Annual report on the Civil Veterinary Department, Burma (including the Insein Veterinary School) - 1923-1931
Year: 1923
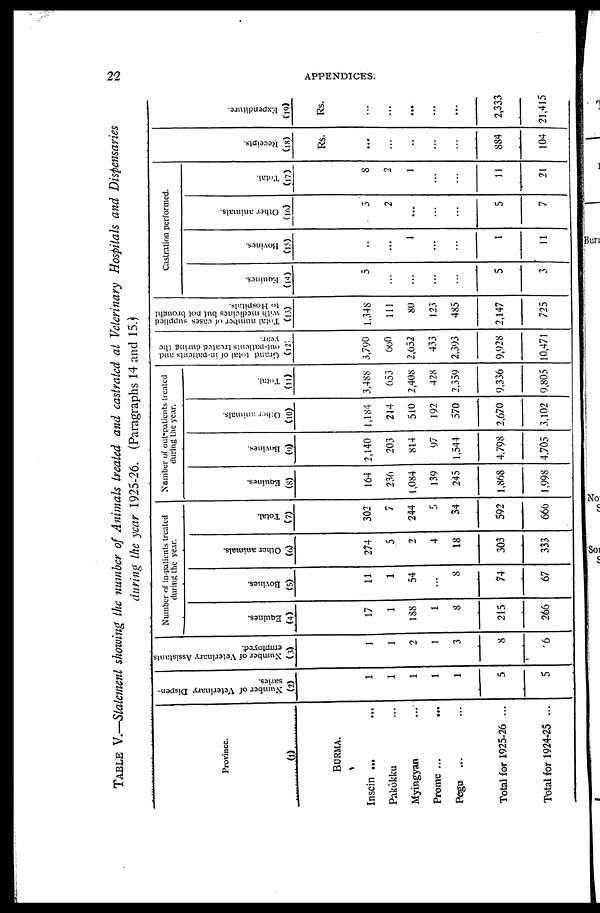
22
APPENDICES.
TABLE V.—Statement showing the number of Animals treated and castrated at Veterinary Hospitals and Dispensaries
during the year 1925-26. (Paragraphs 14 and 15.)
Province.
(1)
BURMA.
Insein ... ...
Pakôkku ...
Myingyan ...
Prome ...
...
Pegu
... ...
Total for 1925-26 ...
Total for 1924-25 ...
Number of Veterinary Dispen-
saries.
(2)
1
1
1
1
1
5
5
Number of Veterinary Assistants
employed.
(3)
1
1
2
1
3
8
6
Number of in-patients treated
during the year.
Equines.
(4)
17
1
188
1
8
215
266
Bovines.
(5)
11
1
54
...
8
74
67
Other animals.
(6)
274
5
2
4
18
303
333
Total.
(7)
302
7
244
5
34
592
666
Number of out-patients treated
during the year.
Equines.
(8)
164
236
i,084
139
245
1,868
1,998
Bovines.
(9)
2,140
203
834
97
1,544
4,798
4,705
Other animals.
(10)
1,184
214
510
192
570
2,670
3,102
Total.
(11)
3,488
653
2,408
428
2,359
9,336
9,805
Grand total of in-patients and
out-patients treated during the
year.
(12)
3,790
600
2,652
433
2,393
9,928
10,471
Total number of cases supplied
with medicines but not brought
to Hospitals.
(13)
1,348
111
80
123
485
2,147
725
Castration performed.
Equines.
(14)
5
...
...
...
...
5
3
Bovines.
(15)
..
...
1
...
...
1
11
Other animals.
(16)
3
2
...
...
...
5
7
Total.
(17)
8
2
1
...
...
11
21
Recei pt s .
(18)
Rs.
...
...
...
...
...
884
104
Expe ndi t
ur e .
(19)
Rs.
...
...
...
...
...
2,333
21,415